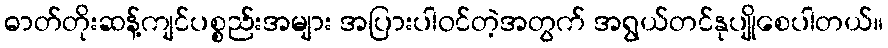
ဓာတ်တိုးဆန့်ကျင်ပစ္စည်းအများ အပြားပါဝင်တဲ့အတွက် အရွယ်တင်နုပျိုစေပါတယ်။